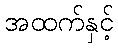
အထက်နှင့်